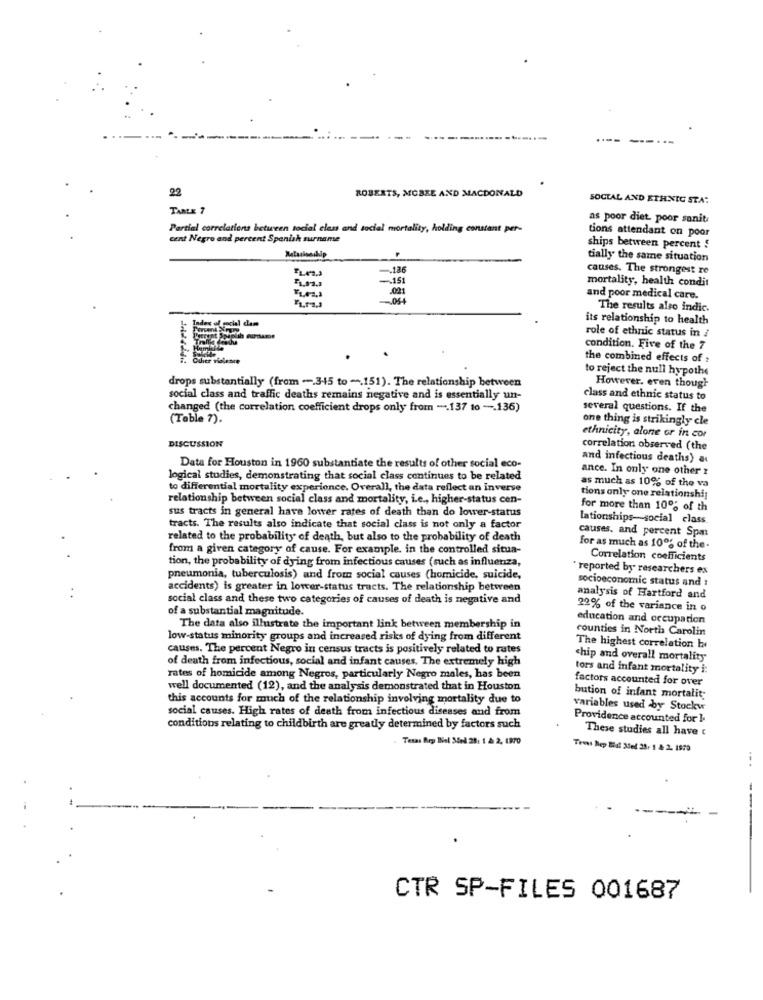
22
ROBERTS, MCBEE AND MACDONALD
SOCIAL AND ETHNIC STA:
TABLE 7
as poor diet poor sanit
Partial correlations between social class and social mortality, holding constant per-
tions attendant on poor
cent Negro and percent Spanish surname
ships between percent $
tially the same situation
FLAT.S
-. 186
causes. The strongest re
-151
mortality, health condit
.021
and poor medical care.
The results also indic.
its relationship to health
role of ethnic status in i
condition. Five of the 7
Cuher violence
the combined effects of >
to reject the null hypothe
drops substantially (from -. 3-15 to -. 151). The relationship between
However. even though
social class and traffic deaths remains negative and is essentially un-
class and ethnic status to
changed (the correlation coefficient drops only from -. 137 to -. 136)
several questions. If the
(Table 7).
one thing is strikingly cle
DISCUSSION
ethnicity, alone or in cor
correlation observed (the
and infectious deaths) a
Data for Houston in 1960 substantiate the results of other social eco-
ance. In only one other ?
logical studies, demonstrating that social class continues to be related
as much as 10% of the va
to differential mortality experience. Overall, the data reflect an Inverse
relationship between social class and mortality, i.e ., higher-status cen-
tions only one relationshij
sus tracts in general have lower rates of death than do lower-status
for more than 10% of th
lationships-social class
tracts. The results also indicate that social class is not only a factor
causes, and percent Spa:
related to the probability of death, but also to the probability of death
from a given category of cause. For example. in the controlled situa-
for as much as 10% of the-
tion, the probability of dying from infectious causes (such as influenza,
Correlation coefficients
" reported by researchers ex
pneumonia, tuberculosis) and from social causes (homicide, suicide,
socioeconomic status and :
accidents) is greater in lower-status tracts. The relationship between
social class and these two categories of causes of death is negative and
analysis of Hartford and
of a substantial magnitude.
22% of the variance in o
education and occupation
The data also illustrate the important link between membership in
counties in North Carolin
low-status minority groups and increased risks of dying from different
causes. The percent Negro in census tracts is positively related to rates
The highest correlation hi
of death from infectious, social and infant causes. The extremely high
chip and overall mortality
tors and infant mortality i:
rates of homicide among Negros, particularly Negro males, has been
factors accounted for over
well documented (12), and the analysis demonstrated that in Houston
this accounts for much of the relationship involving mortality due to
bution of infant mortality
social causes. High rates of death from infectious diseases and from
variables used by Stockw
Providence accounted for I.
conditions relating to childbirth are greatly determined by factors such
These studies all have c
Texas Rep Bel 3del 28: 1 & 2, 1870
. -
CTR SP-FILES 001687